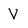
Character: V